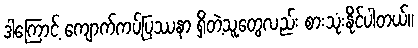
ဒါကြောင့် ကျောက်ကပ်ပြဿနာ ရှိတဲ့သူတွေလည်း စားသုံးနိုင်ပါတယ်။